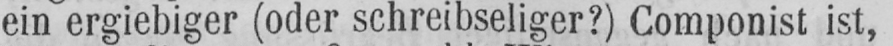
ein ergiebiger (oder schreibseliger?) Componist ist,